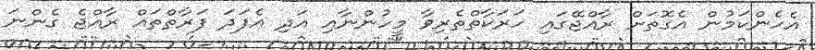
އެހެންކަމުން އެގޮތަށް ރާއްޖޭގައި ހަރަކާތްތެރިވާ މީހުންނާއި އަދި އެފަދަ ފަރާތްތައް ރާއްޖެ ގެންނަ